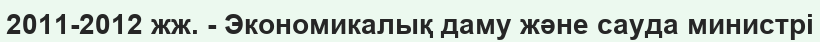
2011-2012 жж. - Экономикалық даму және сауда министрі